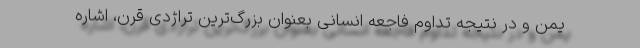
یمن و در نتیجه تداوم فاجعه انسانی بعنوان بزرگ‌ترین تراژدی قرن، اشاره